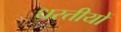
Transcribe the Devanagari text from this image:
धरतीयों